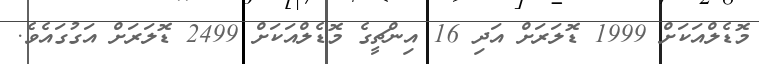
މޮޑެލްއަކަށް 1999 ޑޮލަރަށް އަދި 16 އިންޗީގެ މޮޑެލްއަކަށް 2499 ޑޮލަރަށް އަގުގައެވެ.